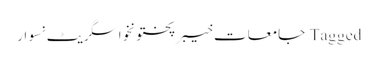
Tagged جامعات خیبرپختونخوا سگریٹ نسوار